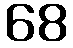
68